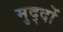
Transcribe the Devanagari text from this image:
मुद्‍दों